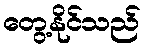
တွေ့နိုင်သည်